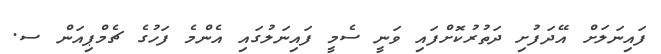
ފައިނަލަށް އޭދަފުށި ދަތުރުކޮށްފައި ވަނީ ސެމީ ފައިނަލުގައި އެންމެ ފަހުގެ ޗެމްޕިއަން ސ.